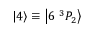
\ensuremath { \left| 4 \right\rangle } \equiv \ensuremath { \left| 6 \; ^ { 3 } P _ { 2 } \right\rangle }